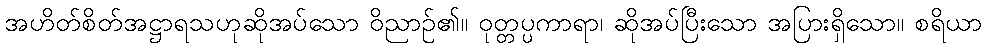
အဟိတ်စိတ်အဋ္ဌာရသဟုဆိုအပ်သော ဝိညာဉ်၏။ ဝုတ္တပ္ပကာရာ၊ ဆိုအပ်ပြီးသော အပြားရှိသော။ စရိယာ